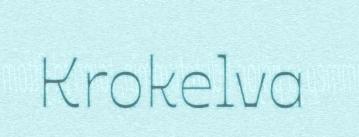
Krokelva